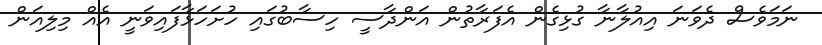
ނަމަވެސް ދެވަނަ އިއުލާނާ ގުޅިގެން އެފަރާތުން އަންދާސީ ހިސާބުގައި ހުށަހަޅާފައިވަނީ އެއް މިލިއަން